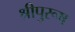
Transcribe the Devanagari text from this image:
श्रीपुरूष